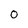
Character: 0